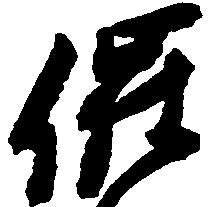
催